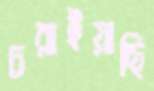
চরাইয়াছি